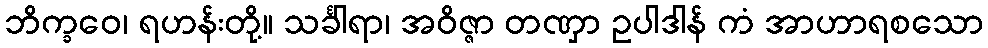
ဘိက္ခဝေ၊ ရဟန်းတို့။ သင်္ခါရာ၊ အဝိဇ္ဇာ တဏှာ ဥပါဒါန် ကံ အာဟာရစသော